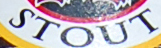
STOUT